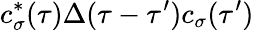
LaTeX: c_{\sigma}^{*}(\tau)\Delta(\tau-\tau^{\prime})c_{\sigma}(\tau^{\prime})